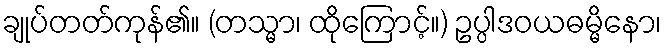
ချုပ်တတ်ကုန်၏။ (တသ္မာ၊ ထိုကြောင့်။) ဥပ္ပါဒဝယဓမ္မိနော၊